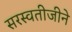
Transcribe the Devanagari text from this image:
सरस्वतीजीने